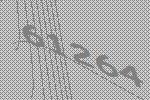
61264